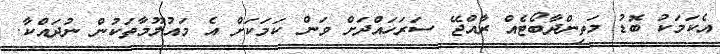
އެކަމަކު ބޮޑު މަތިންދާބޯޓެއް ރާއްޖޭ ސަރަހައްދަށް ވަން ކަމަކަށް އެ މައުލޫމާތަކުން ނުދައްކާ.